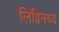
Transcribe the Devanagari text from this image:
लिग्निनच्य